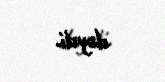
dəydi.